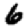
Digit: 6